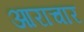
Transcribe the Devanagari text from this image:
आराचार